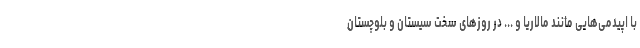
با اپیدمی‌هایی مانند مالاریا و ... در روزهای سخت سیستان و بلوچستان